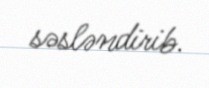
səsləndirib.